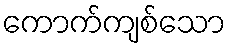
ကောက်ကျစ်သော